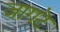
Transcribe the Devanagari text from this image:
जागटॆ